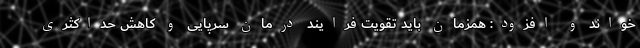
خواند و افزود: همزمان باید تقویت فرایند درمان سرپایی و کاهش حداکثری